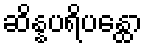
ဆိန္နပရိပန္ထော